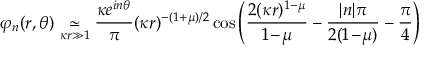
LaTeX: \varphi _ { n } ( r , \theta ) \underset { \kappa r \gg 1 } { \simeq } \frac { \kappa e ^ { i n \theta } } { \pi } ( \kappa r ) ^ { - ( 1 + \mu ) / 2 } \cos \left( \frac { 2 ( \kappa r ) ^ { 1 - \mu } } { 1 \! - \! \mu } - \frac { | n | \pi } { 2 ( 1 \! - \! \mu ) } - \frac { \pi } { 4 } \right)